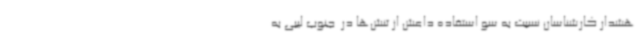
هشدار کارشناسان نسبت به سو استفاده داعش از تنش‌ها در  جنوب لیبی به